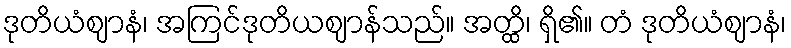
ဒုတိယံဈာနံ၊ အကြင်ဒုတိယဈာန်သည်။ အတ္ထိ၊ ရှိ၏။ တံ ဒုတိယံဈာနံ၊